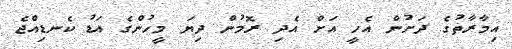
އިމާރާތުގެ ދަށުން އެހީ އަށް އެދި ރޮމުން ދިޔަ މީހުންގެ އަޑު ކެނޑިއްޖެ